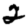
Digit: 2